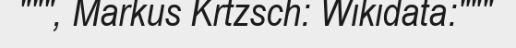
""", Markus Krtzsch: Wikidata:"""